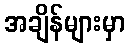
အချိန်များမှာ